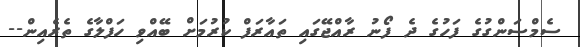
ސެމްސަންގުގެ ފަހުގެ ދެ ފޯނު ރާއްޖޭގައި ތައާރަފް ކުރުމަށް ބޭއްވި ހަފްލާގެ ތެރެއިން--